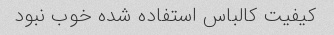
کیفیت کالباس استفاده شده خوب نبود